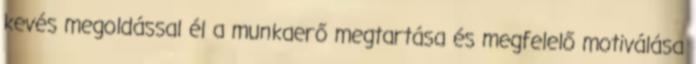
kevés megoldással él a munkaerő megtartása és megfelelő motiválása